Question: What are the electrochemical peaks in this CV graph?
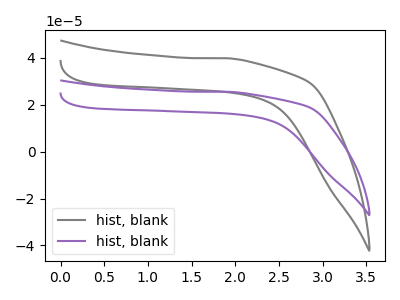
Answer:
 <answer>The gray curve "hist, blank1" has no peaks. The purple curve "hist, blank2" has no peaks.</answer>
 <eval></eval>